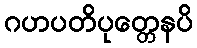
ဂဟပတိပုတ္တေနပိ